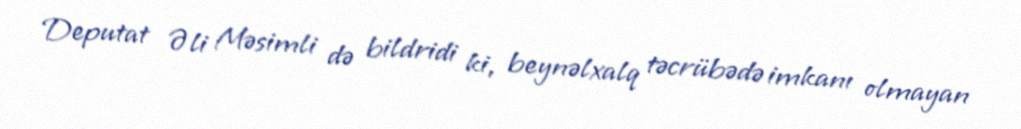
Deputat Əli Məsimli də bildridi ki, beynəlxalq təcrübədə imkanı olmayan